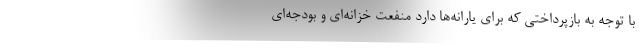
با توجه به بازپرداختی که برای یارانه‌ها دارد منفعت خزانه‌ای و بودجه‌ای